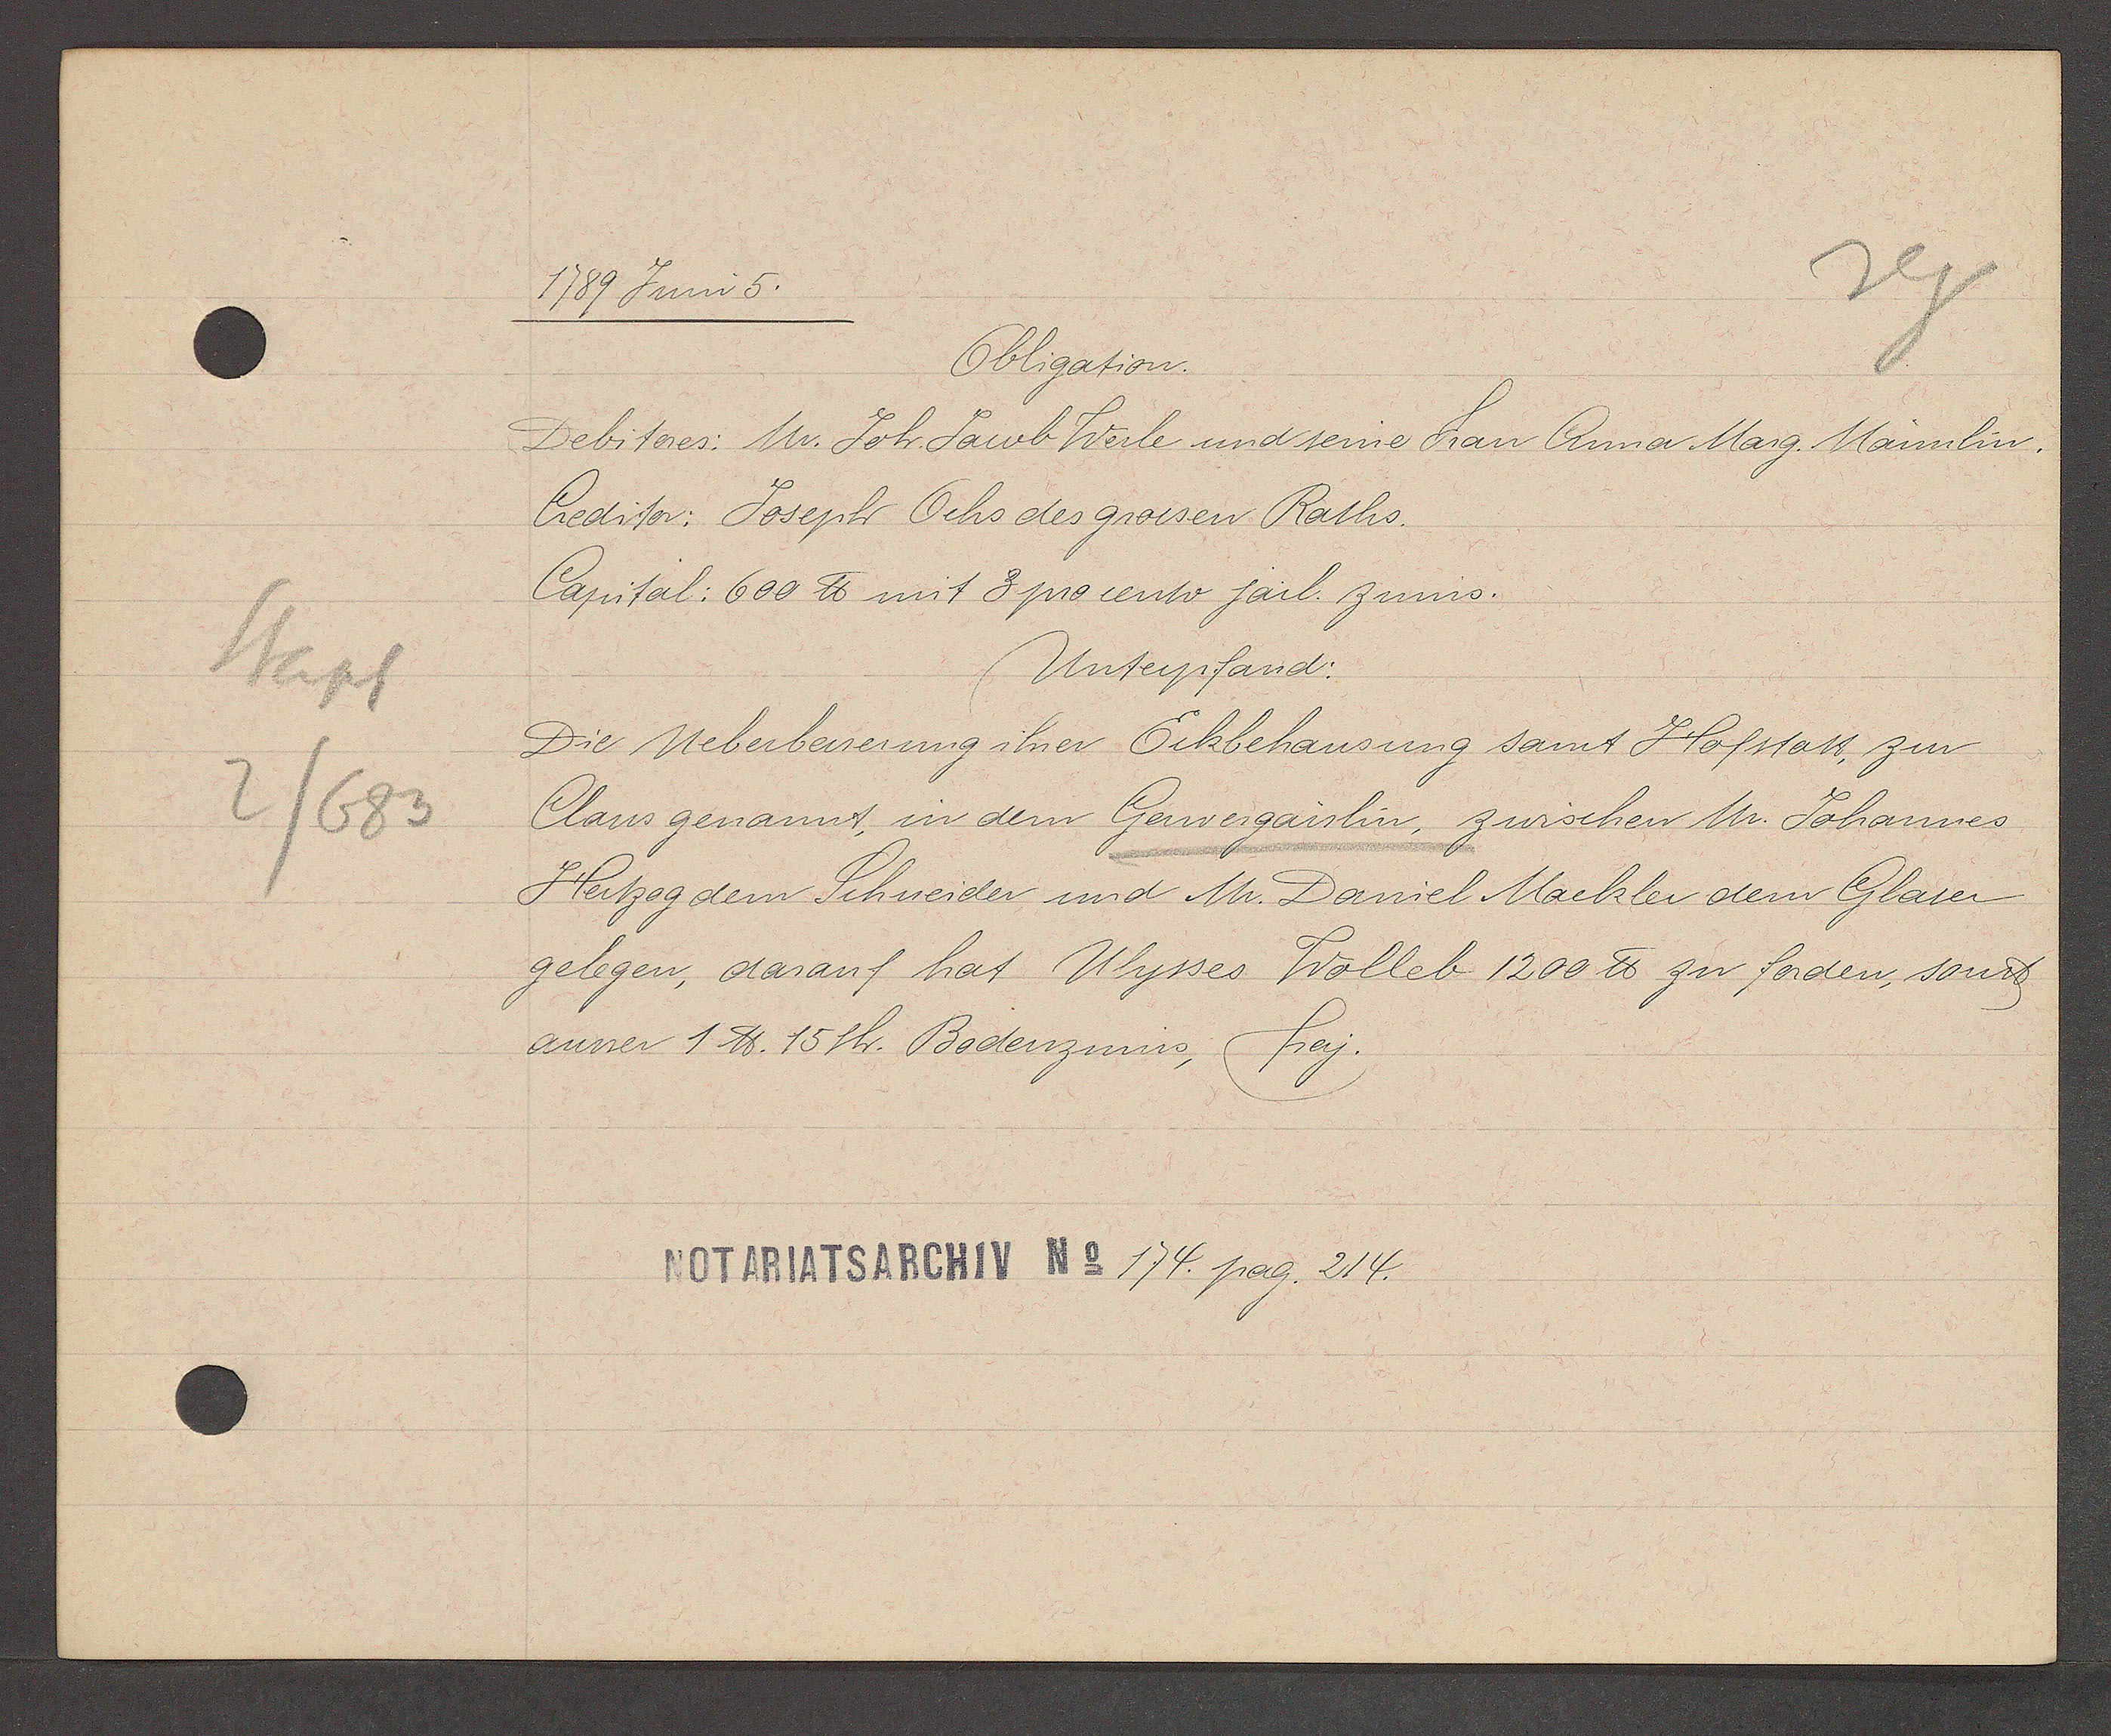
Transcript:
Stapf
2/683

1789 Juni 5.

Obligation.
Debitores: Mr. Joh. Jacob Werle und seine Frau Anna Marg. Männlin,
Creditor: Joseph Ochs des grossen Raths.
Capital: 600 ℔ mit 3 procento jarl. zinns.
Unterpfand:
Die Ueberbesserung ihrer Eckbehausung samt Hofstatt, zur
Claus genannt, in dem Gerwergaislin, zwischen Mr. Johannes
Hertzog dem Schneider und Mr. Daniel Mackler dem Glaser
gelegen, darauf hat Ulysses Wolleb 1200 ℔ zu forden, sonst
ausser 1 ℔. 15sh. Bodenzinns, frey.

Notariatsarchiv No 174. pag. 214.